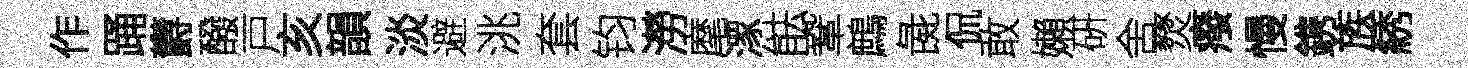
作踊欝醱戸亥韻淡避洮套钧澇麾潈䏻鞏鷓彘侃敢嬾硏舍燹癈慢鎸族綉